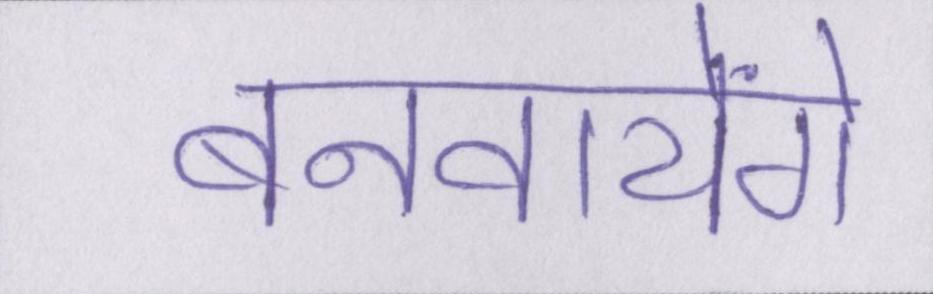
बनवायेंगे